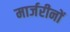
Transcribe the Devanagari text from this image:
मार्जरीनों